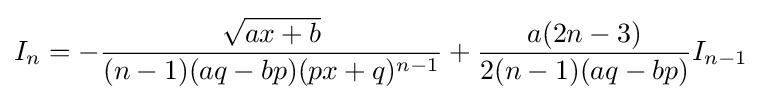
I_{n}=-{\frac {\sqrt {ax+b}}{(n-1)(aq-bp)(px+q)^{n-1}}}+{\frac {a(2n-3)}{2(n-1)(aq-bp)}}I_{n-1}\,\!